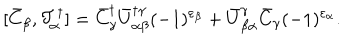
[ \bar { C } _ { \beta } , { \cal T } _ { \alpha } ^ { \dagger } ] = \bar { C } _ { \gamma } ^ { \dagger } \bar { U } _ { \alpha \beta } ^ { \dagger \gamma } ( - 1 ) ^ { \varepsilon _ { \beta } } + \bar { U } _ { \beta \alpha } ^ { \gamma } \bar { C } _ { \gamma } ( - 1 ) ^ { \varepsilon _ { \alpha } } .